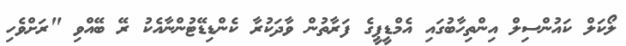
ލޯކަލް ކައުންސިލް އިންތިހާބުގައި އެމްޑީޕީގެ ފަރާތުން ވާދަކުރާ ކެންޑިޑޭޓުންނާއެކު ރޭ ބޭއްވި "ރަށްވެހި